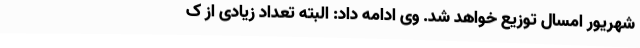
شهریور امسال توزیع خواهد شد. وی ادامه داد: البته تعداد زیادی از ک